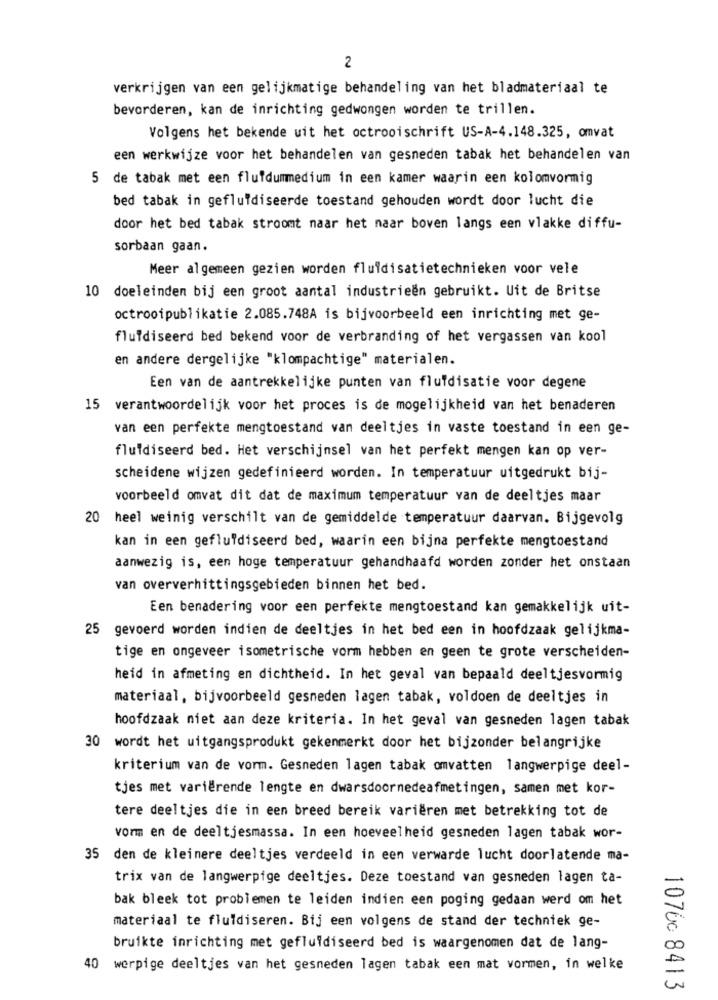
2
verkrijgen van een gelijkmatige behandeling van het bladmateriaal te
bevorderen, kan de inrichting gedwongen worden te trillen.
Volgens het bekende uit het octrooischrift US-A-4.148.325, omvat
een werkwijze voor het behandelen van gesneden tabak het behandelen van
5 de tabak met een flufdummedium in een kamer waarin een kolomvormig
bed tabak in gefluidiseerde toestand gehouden wordt door lucht die
door het bed tabak stroomt naar het naar boven langs een vlakke diffu-
sorbaan gaan.
Meer algemeen gezien worden fluidisatietechnieken voor vele
10 doeleinden bij een groot aantal industrieën gebruikt. Uit de Britse
octrooipublikatie 2.085.748A is bijvoorbeeld een inrichting met ge-
flufdiseerd bed bekend voor de verbranding of het vergassen van kool
en andere dergelijke "klompachtige" materialen.
Een van de aantrekkelijke punten van fluidisatie voor degene
15 verantwoordelijk voor het proces is de mogelijkheid van het benaderen
van een perfekte mengtoestand van deeltjes in vaste toestand in een ge-
fluidiseerd bed. Het verschijnsel van het perfekt mengen kan op ver-
scheidene wijzen gedefinieerd worden. In temperatuur uitgedrukt bij-
voorbeeld omvat dit dat de maximum temperatuur van de deeltjes maar
20 heel weinig verschilt van de gemiddelde temperatuur daarvan. Bijgevolg
kan in een gefluidiseerd bed, waarin een bijna perfekte mengtoestand
aanwezig is, een hoge temperatuur gehandhaafd worden zonder het onstaan
van oververhittingsgebieden binnen het bed.
Een benadering voor een perfekte mengtoestand kan gemakkelijk uit-
25 gevoerd worden indien de deeltjes in het bed een in hoofdzaak gelijkma-
tige en ongeveer isometrische vorm hebben en geen te grote verscheiden-
heid in afmeting en dichtheid. In het geval van bepaald deeltjesvormig
materiaal, bijvoorbeeld gesneden lagen tabak, voldoen de deeltjes in
hoofdzaak niet aan deze kriteria. In het geval van gesneden lagen tabak
30 wordt het uitgangsprodukt gekenmerkt door het bijzonder belangrijke
kriterium van de vorm. Gesneden lagen tabak omvatten langwerpige deel-
tjes met variërende lengte en dwarsdoornedeafmetingen, samen met kor-
tere deeltjes die in een breed bereik variëren met betrekking tot de
vorm en de deeltjesmassa. In een hoeveelheid gesneden lagen tabak wor-
35 den de kleinere deeltjes verdeeld in een verwarde lucht doorlatende ma-
trix van de langwerpige deeltjes. Deze toestand van gesneden lagen ta-
bak bleek tot problemen te leiden indien een poging gedaan werd om het
materiaal te fluidiseren. Bij een volgens de stand der techniek ge-
bruikte inrichting met gefluidiseerd bed is waargenomen dat de lang-
40 werpige deeltjes van het gesneden lagen tabak een mat vormen, in welke
10760 8413